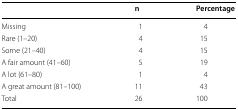
<table><thead><tr><td></td><td><b>n</b></td><td><b>Percentage</b></td></tr></thead><tbody><tr><td>Missing</td><td>1</td><td>4</td></tr><tr><td>Rare (1–20)</td><td>4</td><td>15</td></tr><tr><td>Some (21–40)</td><td>4</td><td>15</td></tr><tr><td>A fair amount (41–60)</td><td>5</td><td>19</td></tr><tr><td>A lot (61–80)</td><td>1</td><td>4</td></tr><tr><td>A great amount (81–100)</td><td>11</td><td>43</td></tr><tr><td>Total</td><td>26</td><td>100</td></tr></tbody></table>